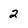
Character: 2